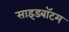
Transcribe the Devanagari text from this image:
साइडबॉटम